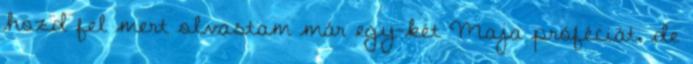
hozd fel mert olvastam már egy-két Maja próféciát, de